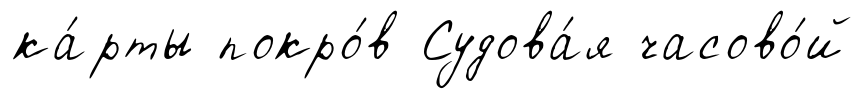
ка́рты покро́в Судова́я часово́й